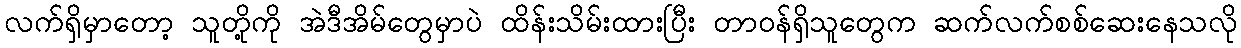
လက်ရှိမှာတော့ သူတို့ကို အဲဒီအိမ်တွေမှာပဲ ထိန်းသိမ်းထားပြီး တာဝန်ရှိသူတွေက ဆက်လက်စစ်ဆေးနေသလို